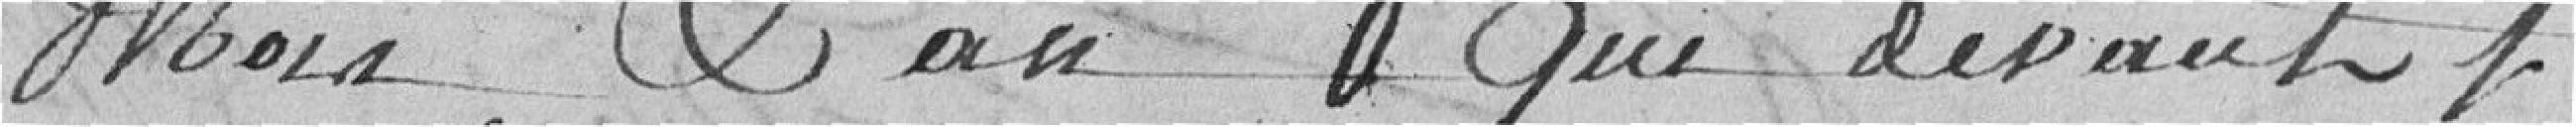
mois, & an que devant